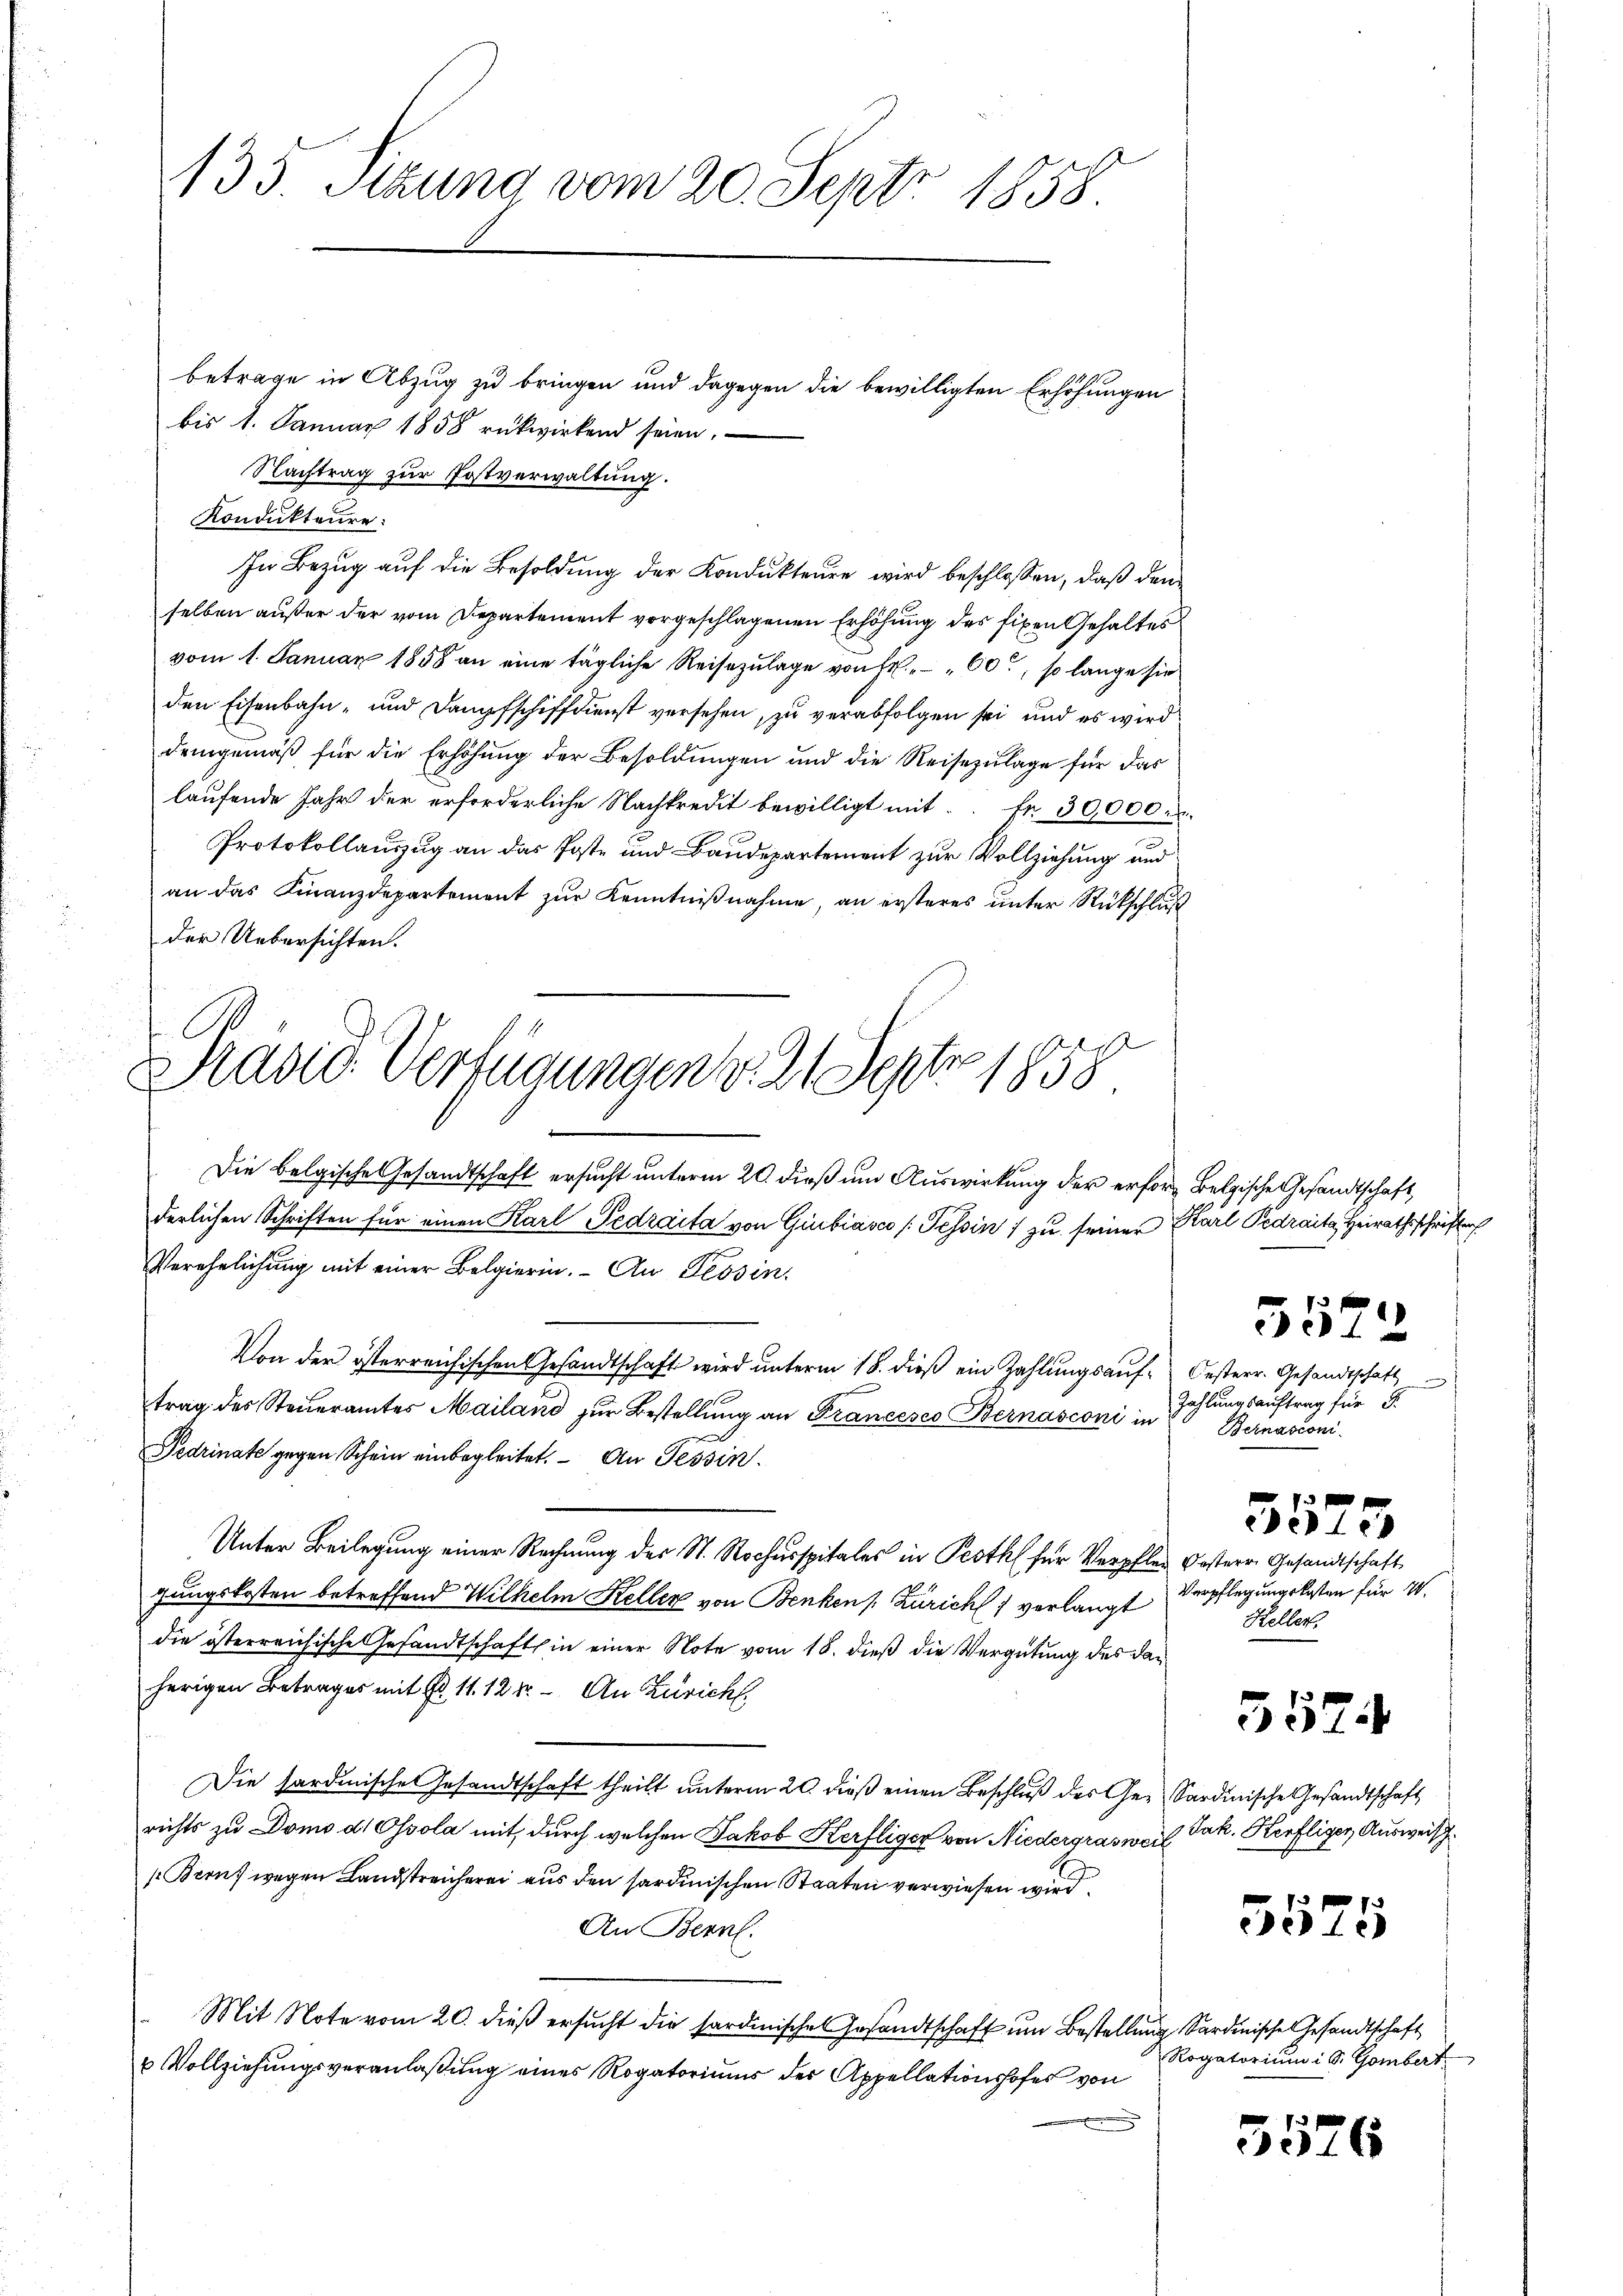
bis 1. Januar 1858 rükwirkend seien.
Nachtrag zur Postverwaltung.
Kondukteure.
In Bezug auf die Besoldung der Kondukteure wird beschlossen, daß den
selben außer der vom Departement vorgeschlagenen Erhöhung des fixen Gehaltes
vom 1. Januar 1858 an eine tägliche Reisezulage von Fr. 60, so lange sie
den Eisenbahn- und Dampfschiffdienst versehen, zu verabfolgen sei, und es wird
demgemäß für die Erhöhung der Besoldungen und die Reisezulage für das
laufende Jahr der erforderliche Nachkredit bewilligt mit fr. 30,000 M.
Protokollauszug an das Poste und Baudepartement zur Vollziehung und
an das Finanzdepartement zur Kenntnißnahme, an ersteres unter Rückschluß
der Uebersichten.
1
Prasio Verfügungen v. 21 Sept. 1858

135 Sizung vom 20. Sept. 1858.

betrage in Abzug zu bringen und dagegen die bewilligten Erhöhungen

Die Belgische Gesandtschaft ersucht unterm 20. dieß um Auswirkung der erforg Belgische Gesandtschaft,
derlichen Schriften für einen Karl Pedraita von Giubiasco (Tessin zu seiner
Verehelichung mit einer Belgierin. An Tessin,
Von der österreichischen Gesandtschaft wird unterm 18. dieß ein Zahlungsauftrag des Steueramtes Mailand zur Bestellung an Francesco Bernasconi in
Fedrinate gegen Schein einbegleitet. - An Tessin
Unter Beilegung einer Rechnung des St. Rochusspitales in Proth für Verpflen Kostere Gesandtschaft
gungskosten betreffend Wilhelm Keller von Benkens Zürich verlangt
die österreichische Gesandtschaft in einer Note vom 18. dieß die Vergütung des daherigen Betrages mit No. 11. 12 kr. - An Zürich.
Die hardinische Gesandtschaft theilt unterm 20. dieß einen Beschluß des Gerichts zu Domo d Ossola mit, durch welchen Jakob Kerfliger von Niedergraswei¬
/Beruf wegen Landstreicherei aus den sardinischen Staaten verwiesen wird
An Bern.
Mit Note vom 20. dieß ersŭcht die sardinische Gesandtschaft um Bestellung Sardinische Gesandtschaft
u Vollziehungsveranlaßung eines Rogatoriums des Appellationshofes von

Harl Pedraite Heirathsschriften

5572

Oesterr. Gesandtschaft
Zahlungsauftrag für 5.
Bernasconi

5525

Verpflegungskosten für 10.
Keller.

5574

Sardinische Gesandtschaft
Jak. Kerfliger Ausweis

5575

Rogatorium i S. Gombert

3576